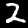
Label: 2